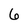
Character: 6